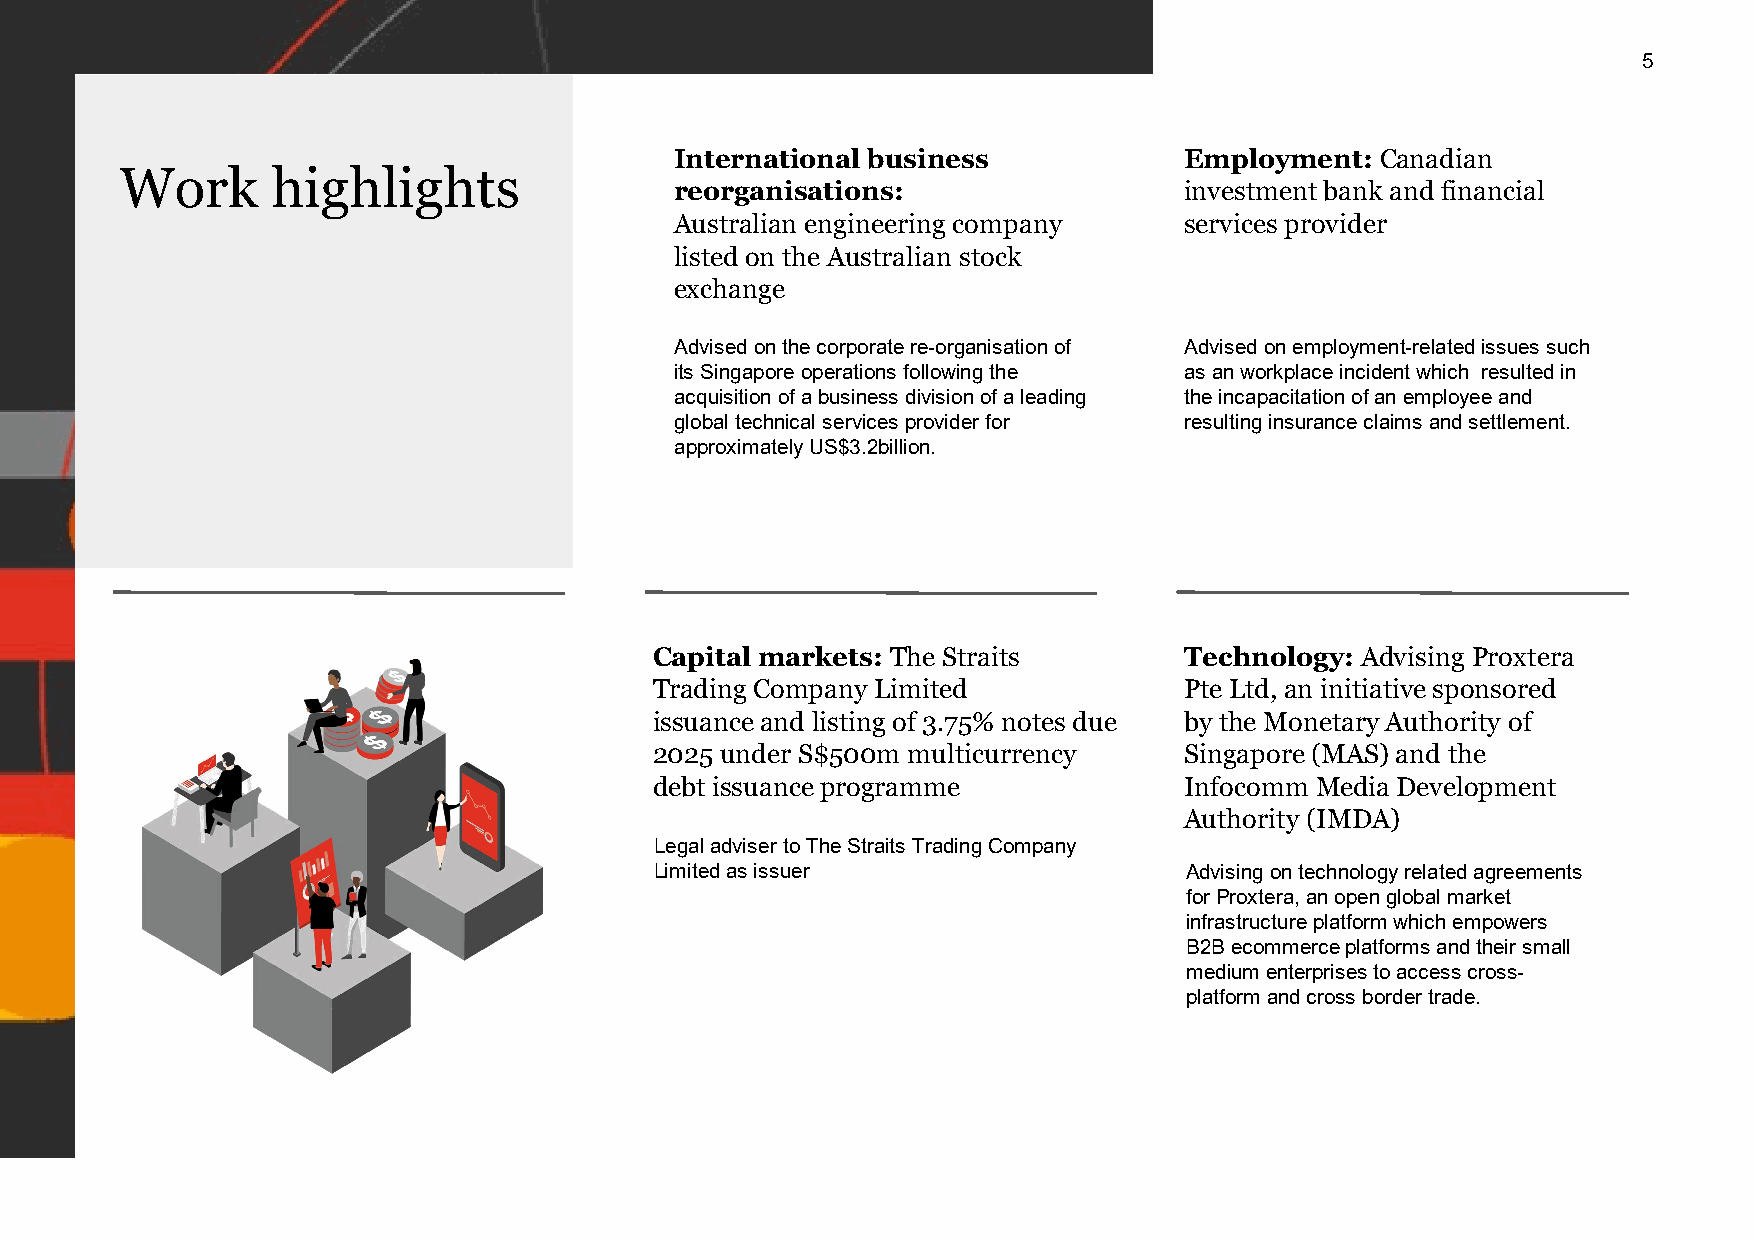
5
 International business           Employment:  Canadian
 Work      highlights
 reorganisations:                 investment bank and financial
 Australian engineering company   services provider
 listed on the Australian stock
 exchange
 Advised on the corporate re-organisation of Advised on employment-related issues such
 its Singapore operations following the as an workplace incident which resulted in
 acquisition of a business division of a leading the incapacitation of an employee and
 global technical services provider for resulting insurance claims and settlement.
 approximately US$3.2billion.
 Capital markets: The Straits       Technology: Advising Proxtera
 Trading Company Limited            Pte Ltd, an initiative sponsored
 issuance and listing of 3.75% notes due by the Monetary Authority of
 2025 under S$500m multicurrency    Singapore (MAS) and the
 debt issuance programme            Infocomm Media Development
 Authority (IMDA)
 Legal adviser to The Straits Trading Company
 Limited as issuer                  Advising on technology related agreements
 for Proxtera, an open global market
 infrastructure platform which empowers
 B2B ecommerce platforms and their small
 medium enterprises to access cross-
 platform and cross border trade.